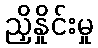
ညှိနှိုင်းမှု